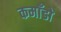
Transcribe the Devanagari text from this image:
कमाँडो